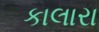
કાલારા